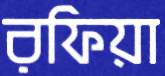
রফিয়া